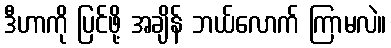
ဒီဟာကို ပြင်ဖို့ အချိန် ဘယ်လောက် ကြာမလဲ။